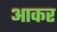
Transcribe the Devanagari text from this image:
अाकर